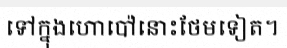
ទៅក្នុងហោប៉ៅនោះថែមទៀត។